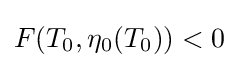
F(T_{0},\eta _{0}(T_{0}))<0